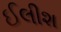
ઈલીશ